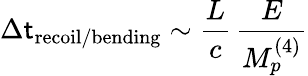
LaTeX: \Delta\mathsf{t}_{\mathrm{{recoil/bending}}}\sim\frac{{L}}{{c}}\, \frac{{E}}{{M_{p}^{(4)}}}